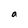
Character: a